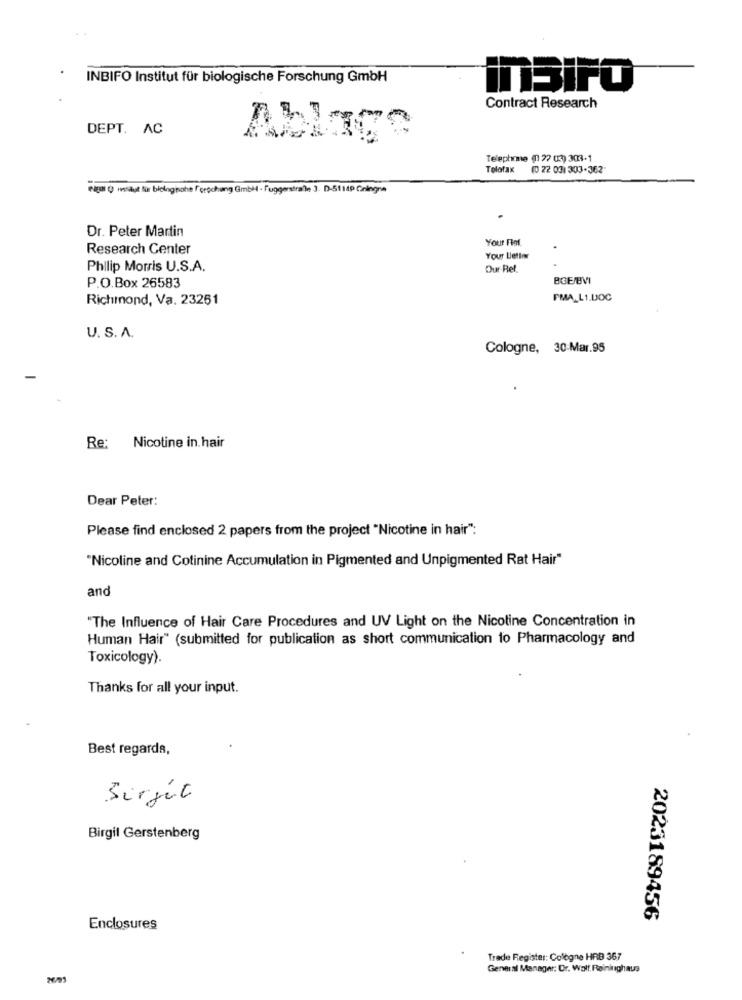
INBIFO Institut für biologische Forschung GmbH
inSIFO
Contract Research
DEPT. AC
Telephme (27 (3) 303-1
Tolofax
(0 22 031 303-362"
elga () institut für bielinghohe forschung GmbH · Fuggerstraße J. D-51149 Gningna
Dr. Peter Martin
Your Flot
Research Center
Your Letter
Philip Morris U.S.A.
Our-Ref.
BGEJEVI
P.O.Box 26583
Richmond, Va. 23261
PMA_L1.DOC
U. S. A.
Cologne, 30-Mar.95
Re: Nicotine in.hair
Dear Peter:
Please find enclosed 2 papers from the project "Nicotine in hair":
"Nicoline and Cotinine Accumulation in Pigmented and Unpigmented Rat Hair"
and
"The Influence of Hair Care Procedures and UV Light on the Nicotine Concentration in
Human Hair" (submitted for publication as short communication to Pharmacology and
Toxicology).
Thanks for all your input.
Best regards,
Sirjét
Birgit Gerstenberg
2023189456
Enclosures
Trade Register: Cologne HRB 367
General Manager: Dr. Wolf, Reininghaus